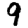
Digit: 9